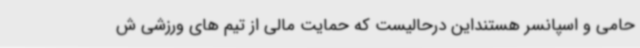
حامی و اسپانسر هستنداین درحالیست که حمایت مالی از تیم های ورزشی ش